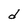
Character: d